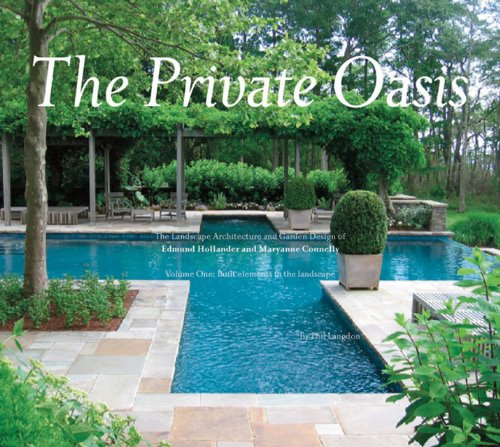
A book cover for The Private Oasis: The Landscape Architecture of Edmund Hollander Design; Philip Langdon; Crafts, Hobbies & Home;